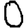
Digit: 0